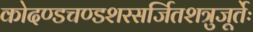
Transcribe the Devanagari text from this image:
कोदण्डचण्डशरसर्जितशत्रुजूर्तेः